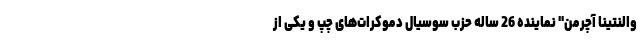
والنتینا آچرمن" نماینده 26 ساله حزب سوسیال دموکرات‌های چپ و یکی از